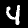
Label: 4